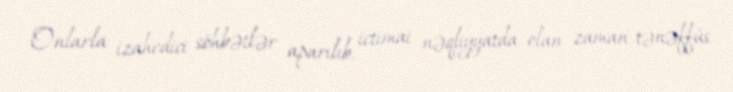
Onlarla izahedici söhbətlər aparılıb, ictimai nəqliyyatda olan zaman tənəffüs